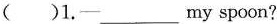
( )1.- ___ my spoon?